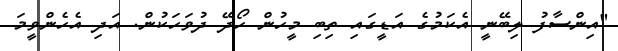
"އިންސާފު ލިބޭނީ އެކަމުގެ އަޑީގައި ތިބި މީހުން ހޯދޭ ދުވަހަކުން. އަދި އެހެންވީމަ